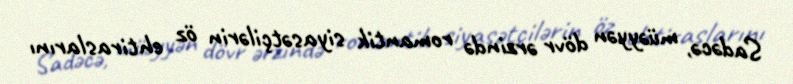
Sadəcə, müəyyən dövr ərzində romantik siyasətçilərin öz ehtiraslarını